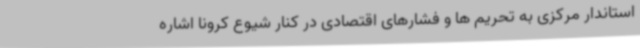
استاندار مرکزی به تحریم ها و فشارهای اقتصادی در کنار شیوع کرونا اشاره